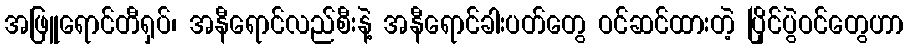
အဖြူရောင်တီရှပ်၊ အနီရောင်လည်စီးနဲ့ အနီရောင်ခါးပတ်တွေ ဝင်ဆင်ထားတဲ့ ပြိုင်ပွဲဝင်တွေဟာ